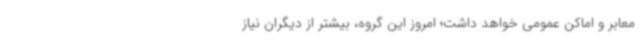
معابر و اماکن عمومی خواهد داشت؛ امروز این گروه، بیشتر از دیگران نیاز